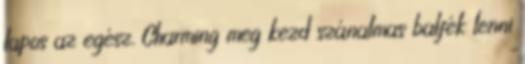
lapos az egész. Charming meg kezd szánalmas balfék lenni